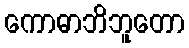
ကောဓာဘိဘူတော